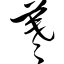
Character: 羲